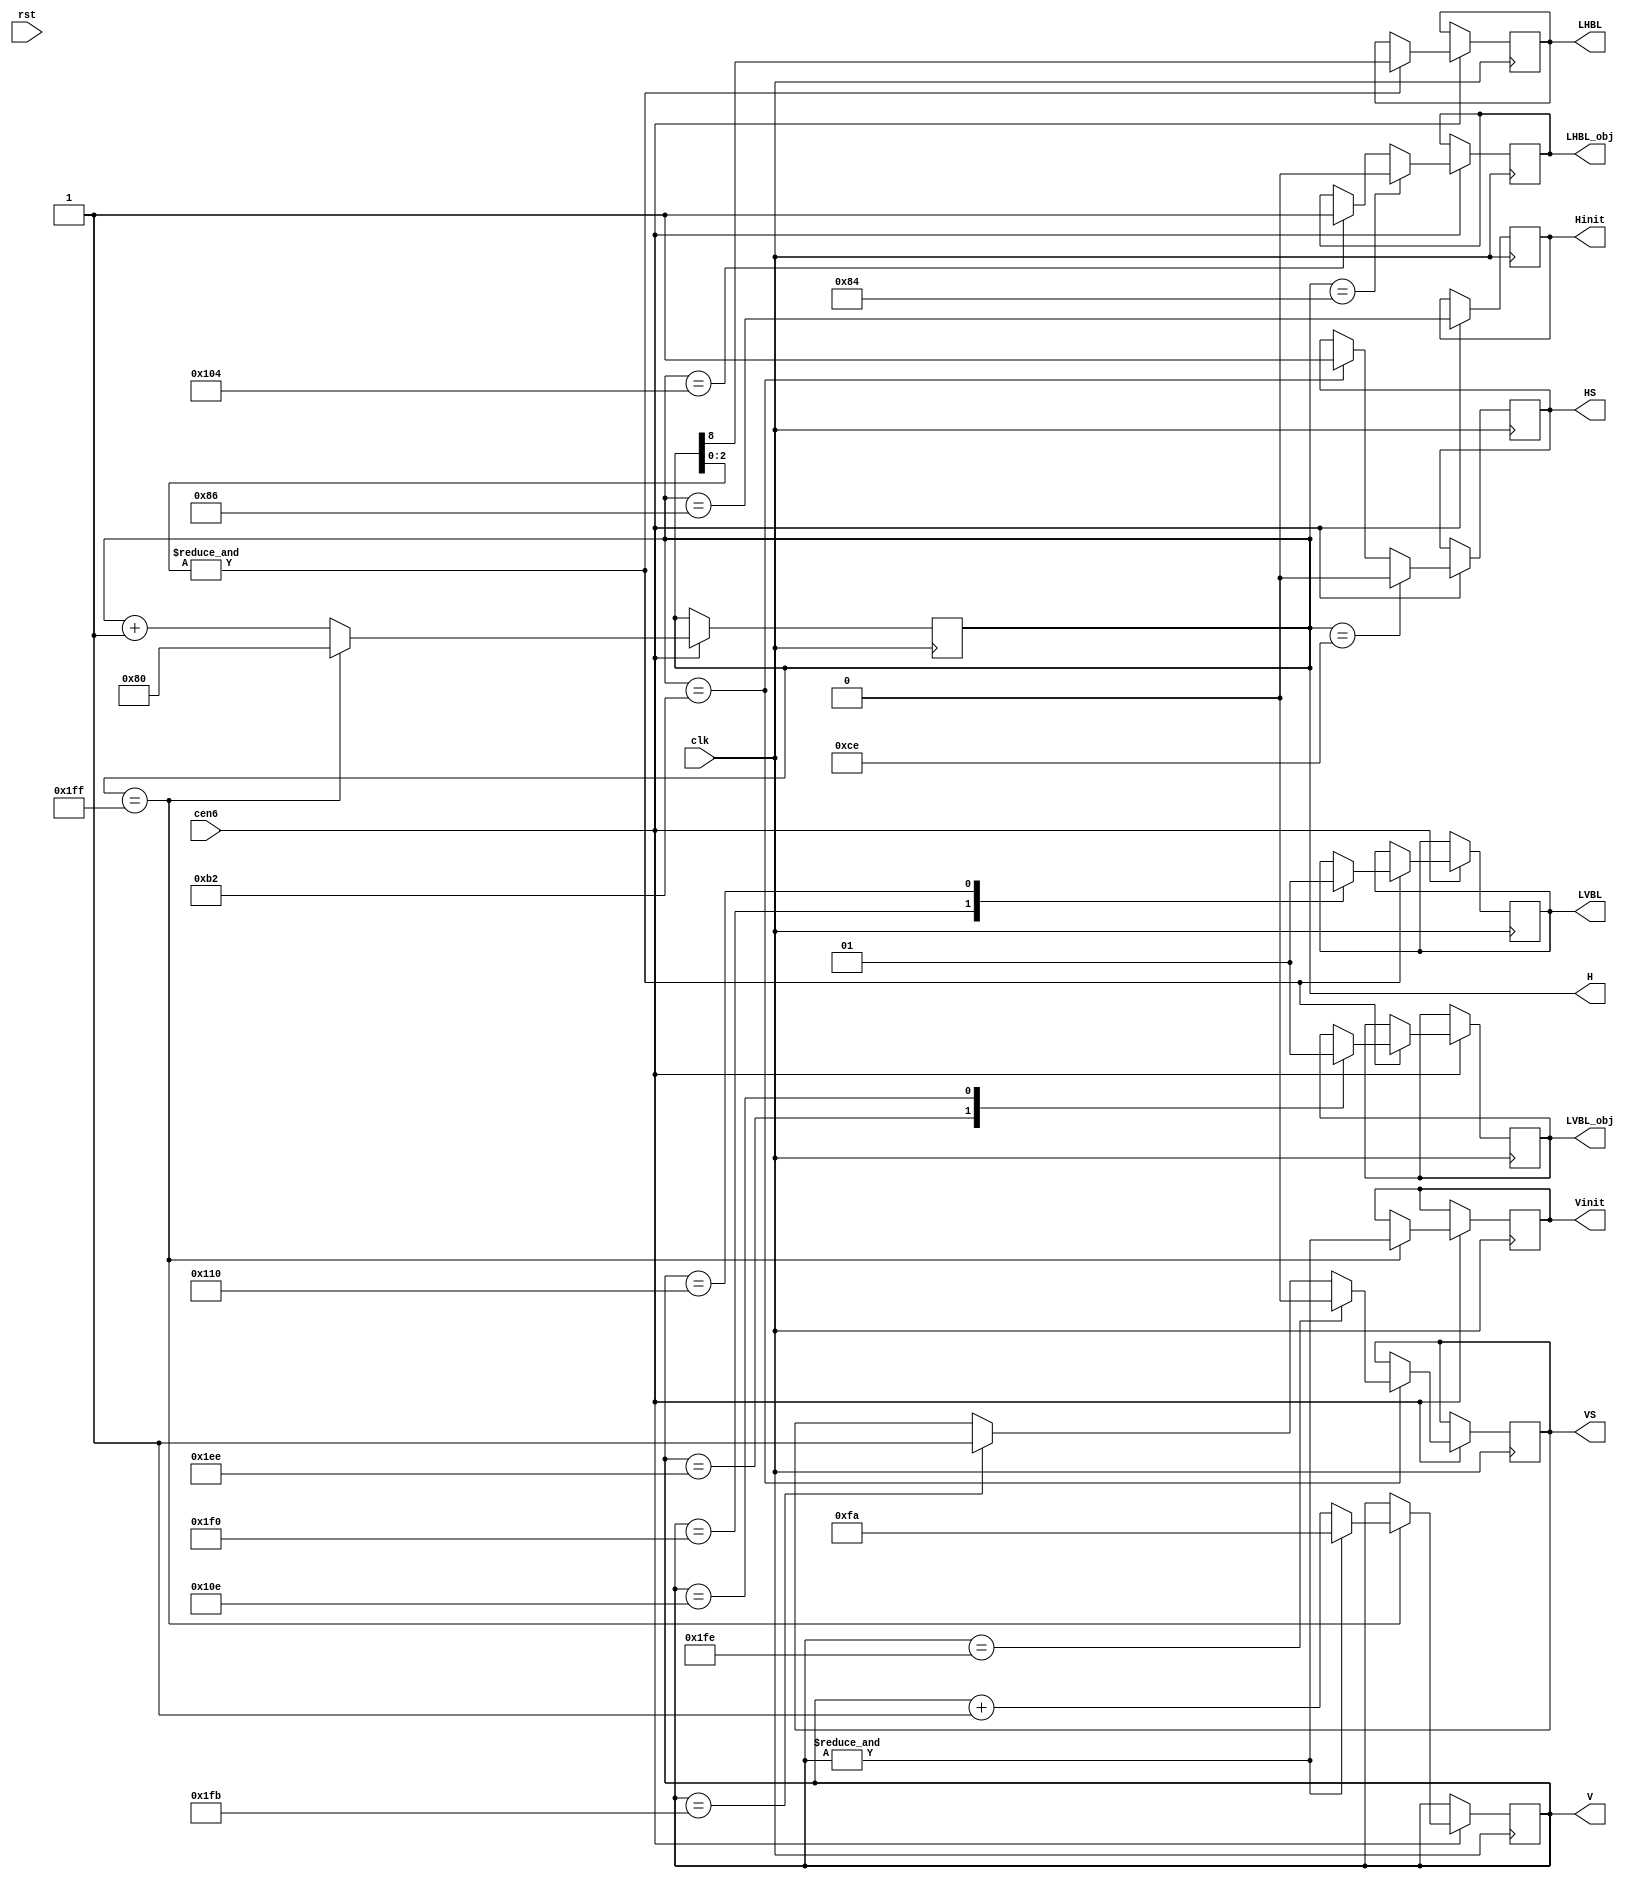
/*  This file is part of JTCORES.
    JTCORES program is free software: you can redistribute it and/or modify
    it under the terms of the GNU General Public License as published by
    the Free Software Foundation, either version 3 of the License, or
    (at your option) any later version.

    JTCORES program is distributed in the hope that it will be useful,
    but WITHOUT ANY WARRANTY; without even the implied warranty of
    MERCHANTABILITY or FITNESS FOR A PARTICULAR PURPOSE.  See the
    GNU General Public License for more details.

    You should have received a copy of the GNU General Public License
    along with JTCORES.  If not, see <http://www.gnu.org/licenses/>.

    Author: Jose Tejada Gomez. Twitter: @topapate
    Version: 1.0
    Date: 27-10-2017 */

module old_timer(
    input               clk,
    input               cen6,   //  6 MHz
    input               rst,
    output  reg [8:0]   V = 9'd496,
    output  reg [8:0]   H = 9'd135,
    output  reg         Hinit = 1'b0,
    output  reg         Vinit = 1'b1,
    output  reg         LHBL = 1'b0,
    output  reg         LHBL_obj = 1'b0,
    output  reg         LVBL = 1'b0,
    output  reg         LVBL_obj = 1'b0,
    output  reg         HS = 1'b0,
    output  reg         VS = 1'b0
);

parameter obj_offset=10'd3;

//reg LHBL_short;
//reg G4_3H;  // high on 3/4 H transition
//reg G4H;    // high on 4H transition
//reg OH;     // high on 0H transition

// H counter
always @(posedge clk) if(cen6) begin
    Hinit <= H == 9'h86;
    if( H == 9'd511 ) begin
        //Hinit <= 1'b1;
        H <= 9'd128;
    end
    else begin
        //Hinit <= 1'b0;
        H <= H + 9'b1;
    end
end

// V Counter
always @(posedge clk) if(cen6) begin
    if( H == 9'd511 ) begin
        Vinit <= &V;
        V <= &V ? 9'd250 : V + 1'd1;
    end
end

wire [9:0] LHBL_obj0 = 10'd135-obj_offset >= 10'd128 ? 10'd135-obj_offset : 10'd135-obj_offset+10'd512-10'd128;
wire [9:0] LHBL_obj1 = 10'd263-obj_offset;

// L Horizontal/Vertical Blanking
// Objects are drawn using a 2-line buffer
// so they are calculated two lines in advanced
// original games use a small ROM to generate
// control signals for the object buffers.
// I do not always use that ROM in my games,
// I often just generates the signals with logic
// LVBL_obj is such a signal. In CAPCOM schematics
// this is roughly equivalent to BLTM (1943) or BLTIMING (GnG)
always @(posedge clk) if(cen6) begin
    if( H==LHBL_obj1[8:0] ) LHBL_obj<=1'b1;
    if( H==LHBL_obj0[8:0] ) LHBL_obj<=1'b0;
    if( &H[2:0] ) begin
        LHBL <= H[8];
        case( V )
            9'd496: LVBL <= 1'b0; // h1F0
            9'd272: LVBL <= 1'b1; // h110
            // OBJ LVBL is two lines ahead
            9'd494: LVBL_obj <= 1'b0;
            9'd270: LVBL_obj <= 1'b1;
            default:;
        endcase // V
    end

    if (H==9'd178) begin
        HS <= 1;
        if (V==9'd507) VS <= 1;
        if (V==9'd510) VS <= 0;
    end

    if (H==9'd206) HS <= 0;
    // if (H==9'd136) LHBL_short <= 1'b0;
    // if (H==9'd248) LHBL_short <= 1'b1;
end

`ifdef SIMULATION
reg LVBL_Last, LHBL_last, VS_last, HS_last;

wire new_line  = LHBL_last && !LHBL;
wire new_frame = LVBL_Last && !LVBL;
wire new_HS = HS && !HS_last;
wire new_VS = VS && !VS_last;

integer vbcnt=0, vcnt=0, hcnt=0, hbcnt=0, vs0, vs1, hs0, hs1;
integer framecnt=0;

always @(posedge clk) if(cen6) begin
    LHBL_last <= LHBL;
    HS_last   <= HS;
    VS_last   <= VS;
    if( new_HS ) hs1 <= hbcnt;
    if( new_VS ) vs1 <= vbcnt;
    if( new_line ) begin
        LVBL_Last <= LVBL;
        if( new_frame ) begin
            if( framecnt>0 ) begin
                $display(" *old* VB count = %3d (sync at %2d)", vbcnt, vs1 );
                $display(" *old* V  total = %3d (%.2f Hz)", vcnt, 6e6/(hcnt*vcnt) );
                $display(" *old* HB count = %3d (sync at %2d)", hbcnt, hs1 );
                $display(" *old* H  total = %3d", hcnt );
                $display("-------------" );
            end
            vbcnt <= 1;
            vcnt  <= 1;
            framecnt <= framecnt+1;
        end else begin
            vcnt <= vcnt+1;
            if( !LVBL ) vbcnt <= vbcnt+1;
        end
        hbcnt <= 1;
        hcnt  <= 1;
    end else begin
        hcnt <= hcnt+1;
        if( !LHBL ) hbcnt <= hbcnt+1;
    end
end
`endif

endmodule // jtgng_timer